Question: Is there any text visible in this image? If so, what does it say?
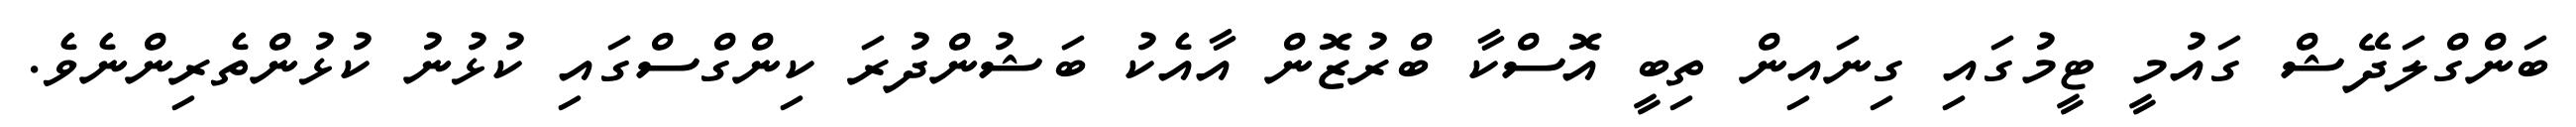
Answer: ބަންގްލަދޭޝް ގައުމީ ޓީމުގައި ގިނައިން ތިބީ އޮސްކާ ބްރުޒޮން އާއެކު ބަޝުންދުރަ ކިންގްސްގައި ކުޅުނު ކުޅުންތެރިންނެވެ.